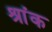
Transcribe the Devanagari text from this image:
श्रांक